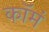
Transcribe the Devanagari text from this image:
कॉमं